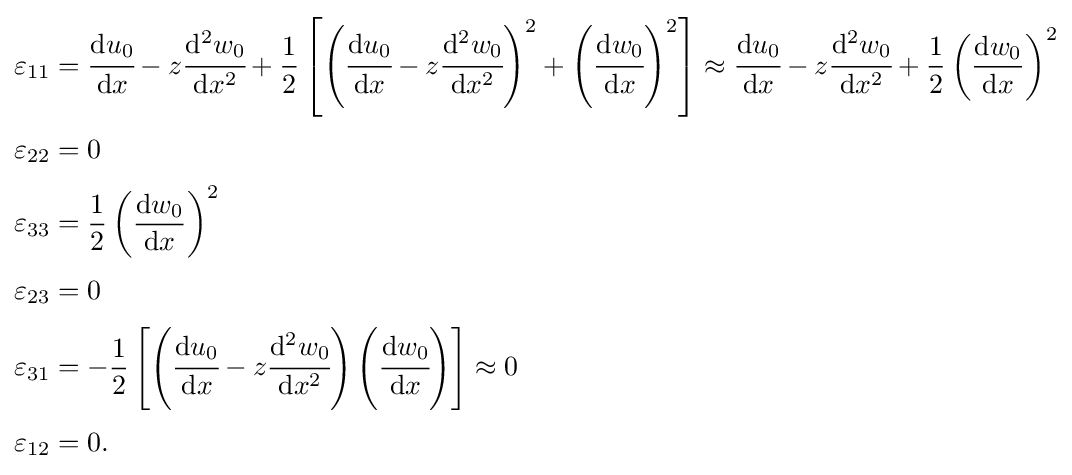
{\begin{aligned}\varepsilon _{11}&={\cfrac {\mathrm {d} {u_{0}}}{\mathrm {d} {x}}}-z{\cfrac {\mathrm {d} ^{2}{w_{0}}}{\mathrm {d} {x^{2}}}}+{\frac {1}{2}}\left[\left({\cfrac {\mathrm {d} u_{0}}{\mathrm {d} x}}-z{\cfrac {\mathrm {d} ^{2}w_{0}}{\mathrm {d} x^{2}}}\right)^{2}+\left({\cfrac {\mathrm {d} w_{0}}{\mathrm {d} x}}\right)^{2}\right]\approx {\cfrac {\mathrm {d} {u_{0}}}{\mathrm {d} {x}}}-z{\cfrac {\mathrm {d} ^{2}{w_{0}}}{\mathrm {d} {x^{2}}}}+{\frac {1}{2}}\left({\frac {\mathrm {d} {w_{0}}}{\mathrm {d} {x}}}\right)^{2}\\[0.25em]\varepsilon _{22}&=0\\[0.25em]\varepsilon _{33}&={\frac {1}{2}}\left({\frac {\mathrm {d} {w_{0}}}{\mathrm {d} {x}}}\right)^{2}\\[0.25em]\varepsilon _{23}&=0\\[0.25em]\varepsilon _{31}&=-{\frac {1}{2}}\left[\left({\cfrac {\mathrm {d} u_{0}}{\mathrm {d} x}}-z{\cfrac {\mathrm {d} ^{2}w_{0}}{\mathrm {d} x^{2}}}\right)\left({\cfrac {\mathrm {d} w_{0}}{\mathrm {d} x}}\right)\right]\approx 0\\[0.25em]\varepsilon _{12}&=0.\end{aligned}}